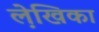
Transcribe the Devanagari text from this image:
ले़खिका